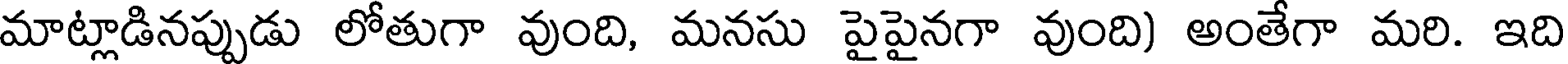
మాట్లాడినప్పుడు లోతుగా వుంది, మనసు పైపైనగా వుంది) అంతేగా మరి. ఇది